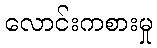
လောင်းကစားမှု